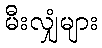
မီးလျှံများ